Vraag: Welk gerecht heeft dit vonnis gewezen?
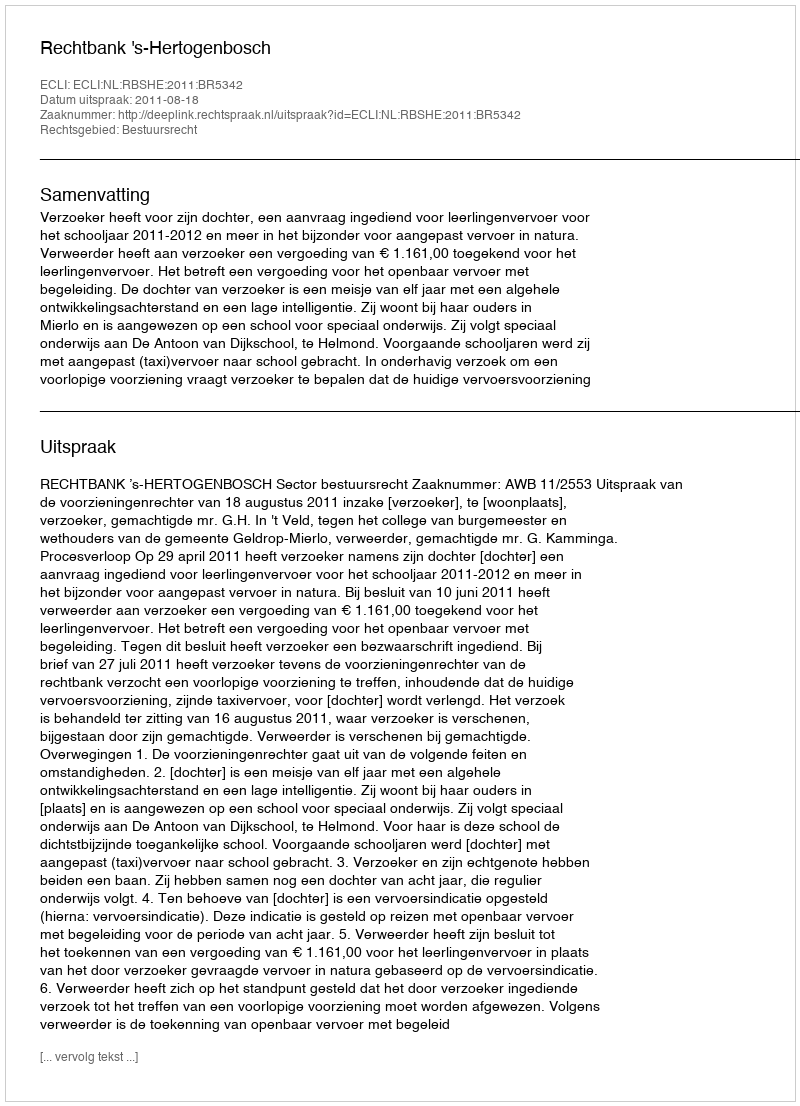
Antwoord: Rechtbank 's-Hertogenbosch